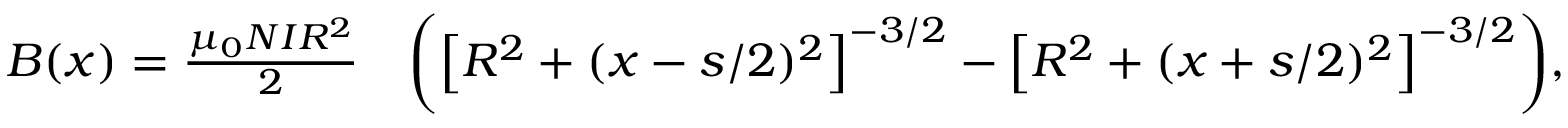
\begin{array} { r l } { B ( x ) = \frac { \mu _ { 0 } N I R ^ { 2 } } { 2 } } & { { } \biggl ( \left[ R ^ { 2 } + ( x - s / 2 ) ^ { 2 } \right] ^ { - 3 / 2 } - \left[ R ^ { 2 } + ( x + s / 2 ) ^ { 2 } \right] ^ { - 3 / 2 } \biggr ) , } \end{array}